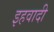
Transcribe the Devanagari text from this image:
इहवादी